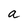
Character: a